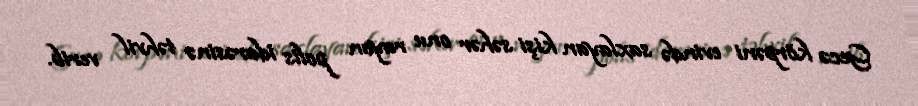
Gecə körpəni evində saxlayan kişi səhər onu rayon polis idarəsinə təhvil verib.